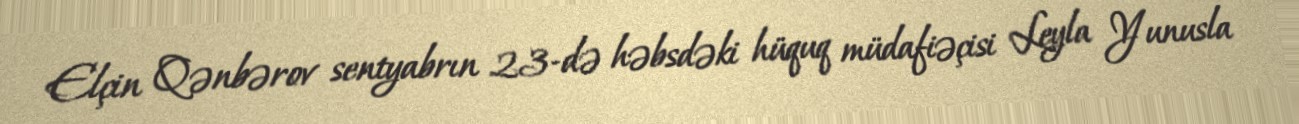
Elçin Qənbərov sentyabrın 23-də həbsdəki hüquq müdafiəçisi Leyla Yunusla